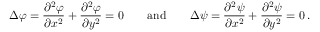
\Delta \varphi = { \frac { \partial ^ { 2 } \varphi } { \partial x ^ { 2 } } } + { \frac { \partial ^ { 2 } \varphi } { \partial y ^ { 2 } } } = 0 \qquad { \mathrm { a n d } } \qquad \Delta \psi = { \frac { \partial ^ { 2 } \psi } { \partial x ^ { 2 } } } + { \frac { \partial ^ { 2 } \psi } { \partial y ^ { 2 } } } = 0 \, .